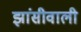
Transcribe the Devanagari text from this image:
झांसीवाली